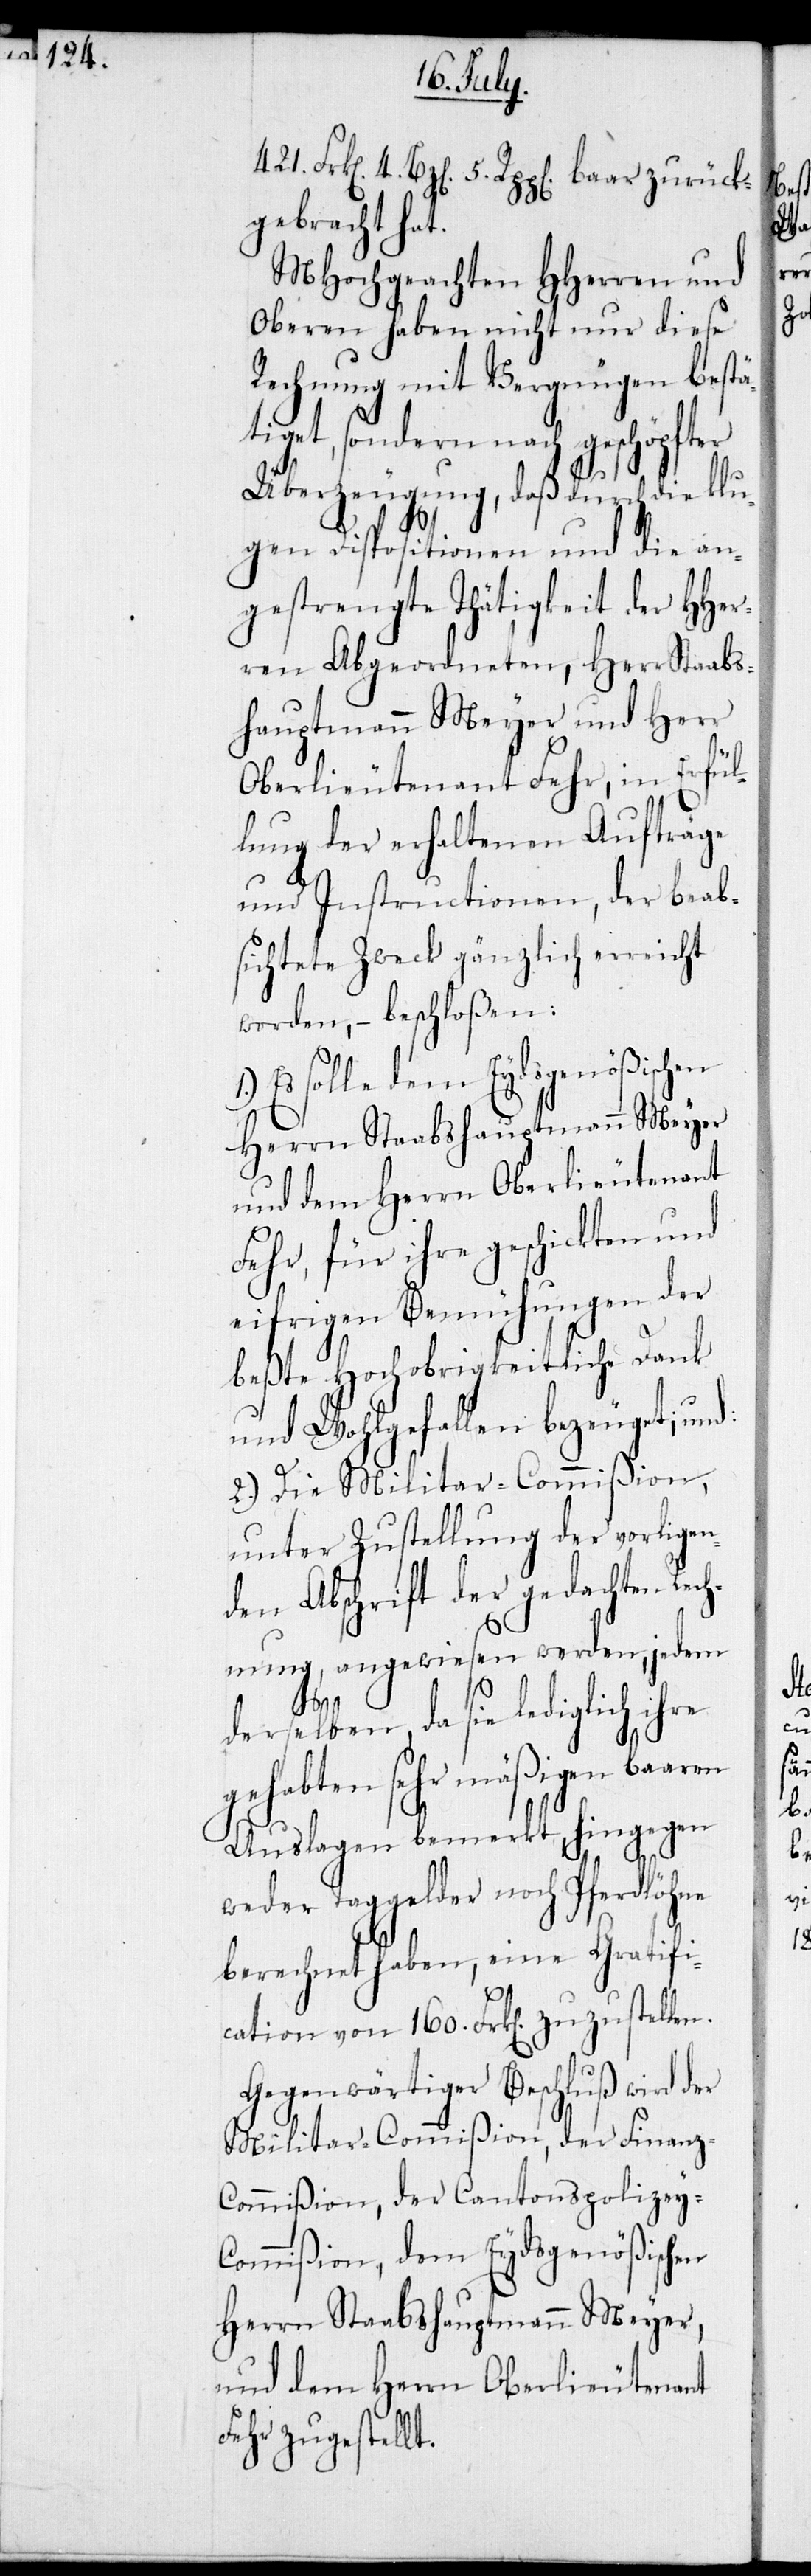
4. Bz[en] 5. Rpp[en] baar zurück¬
gebracht hat.
MHochgeachten HHerren und
Oberen haben nicht nur diese
Rechnung mit Vergnügen bestä¬
tiget, sondern nach geschöpfter
Überzeugung, daß durch die klu¬
gen Dispositionen und die an¬
gestrengte Thätigkeit der HHer¬
ren Abgeordneten, Herr Staabs¬
hauptmann Meyer und Herr
Oberlieutenant Fehr, in Erfül¬
lung der erhaltenen Aufträge
und Instructionen, der beab¬
sichtete Zweck gänzlich erreicht
werden, – beschloßen:
Es solle dem Eydsgenößischen
Herren Staabshauptmann Meyer
und dem Herrn Oberlieutenant
Fehr, für ihre geschickten und
eifrigen Bemühungen der
beßte Hochobrigkeitliche Dank
und Wohlgefallen bezeuget; und:
2.) Die Militar-Commißion,
unter Zustellung der vorligen¬
den Abschrift der gedachten Rec¬
hnung, angewiesen werden, jedem
derselben, da sich lediglich
gehabten sehr mäßigen baaren
Auslagen bemerkt, hingegen
weder Taggelder noch Pferdlöhne
berechnet haben, eine Gratifi¬
cation von 160. Frk[en] zuzustellen.
Gegenwärtiger Beschluß wird der
Militar-Commißion, der Finanz-C¬
ommißion, der Cantonspolizey-C¬
ommißion, dem Eydsgenößischen
Herrn Staabshauptmann Meyer,
und dem Herrn Oberlieutenant
Fehr zugestellt.

421.